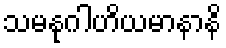
သမနုဂါဟိယမာနာနိ